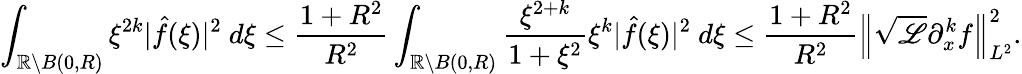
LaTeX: \int_{\mathbb{R}\setminus B(0,R)}\xi^{2k}|\hat{f}(\xi)|^{2}\ d\xi\leq\frac{1+R^{2}}{R^{2}}\int_{\mathbb{R}\setminus B(0,R)}\frac{\xi^{2+k}}{1+\xi^{2}}\xi^{k}|\hat{f}(\xi)|^{2}\ d\xi\leq\frac{1+R^{2}}{R^{2}}\left\| \sqrt{\mathscr{L}}\partial_{x}^{k}f\right\| _{L^{2}}^{2}.